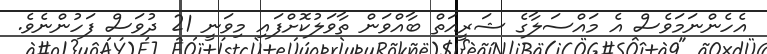
އެހެންނަމަވެސް އެ މައްސަލާގެ ޝަރީއަތް ބާއްވަން ތާވަލުކޮށްފައި މިވަނީ 21 ދުވަސް ފަހުންނެވެ.